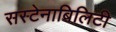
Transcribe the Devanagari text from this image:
सस्टेनाबिलिटी